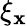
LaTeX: \xi_{\mathbf{x}}